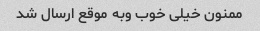
ممنون خیلی خوب وبه موقع ارسال شد